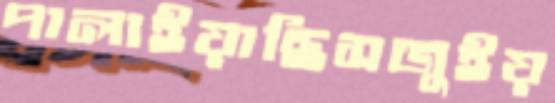
পালাইয়াছিসজুইয়